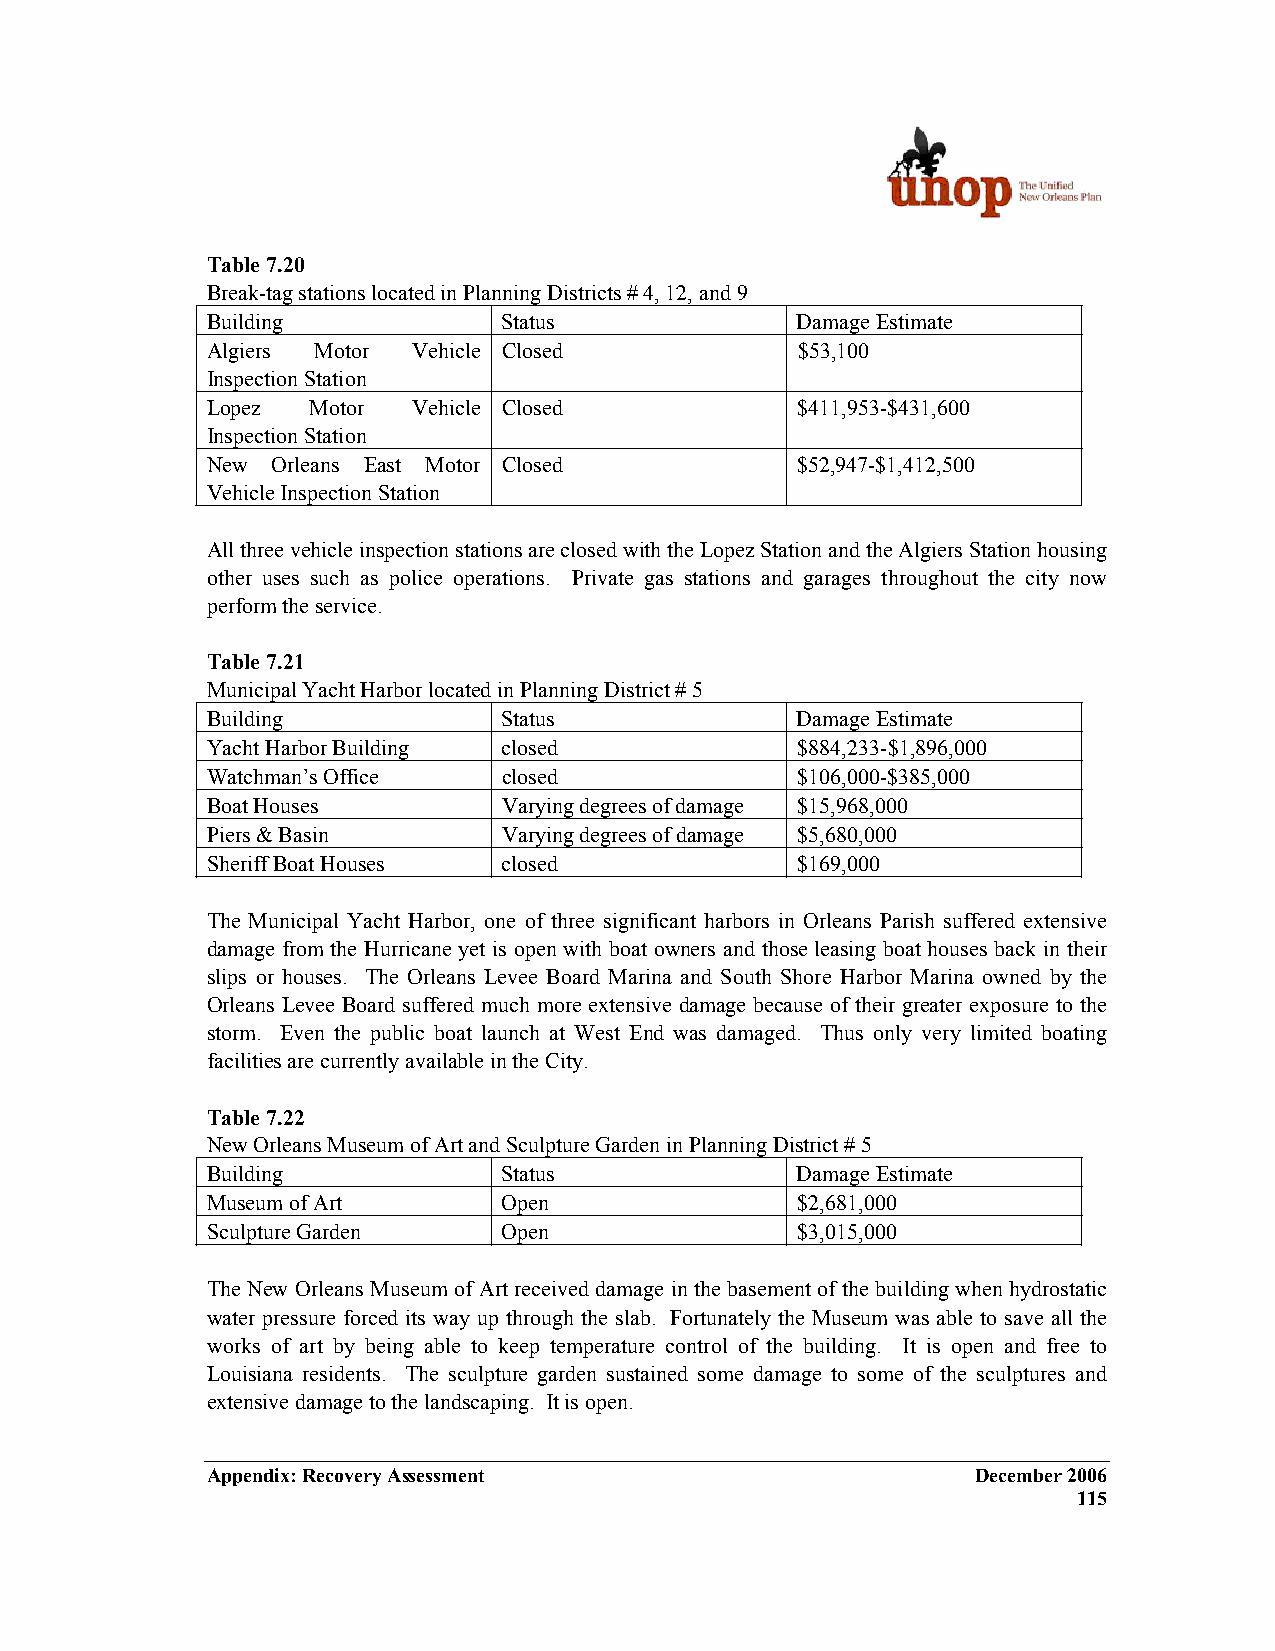
Table 7.20
 Break-tag stations located in Planning Districts # 4, 12, and 9
 Building           Status              Damage Estimate
 Algiers Motor Vehicle Closed           $53,100
 Inspection Station
 Lopez  Motor Vehicle Closed            $411,953-$431,600
 Inspection Station
 New Orleans East Motor Closed          $52,947-$1,412,500
 Vehicle Inspection Station
 All three vehicle inspection stations are closed with the Lopez Station and the Algiers Station housing
 other uses such as police operations. Private gas stations and garages throughout the city now
 perform the service.
 Table 7.21
 Municipal Yacht Harbor located in Planning District # 5
 Building           Status              Damage Estimate
 Yacht Harbor Building closed           $884,233-$1,896,000
 Watchman’s Office  closed              $106,000-$385,000
 Boat Houses        Varying degrees of damage $15,968,000
 Piers & Basin      Varying degrees of damage $5,680,000
 Sheriff Boat Houses closed             $169,000
 The Municipal Yacht Harbor, one of three significant harbors in Orleans Parish suffered extensive
 damage from the Hurricane yet is open with boat owners and those leasing boat houses back in their
 slips or houses. The Orleans Levee Board Marina and South Shore Harbor Marina owned by the
 Orleans Levee Board suffered much more extensive damage because of their greater exposure to the
 storm. Even the public boat launch at West End was damaged. Thus only very limited boating
 facilities are currently available in the City.
 Table 7.22
 New Orleans Museum of Art and Sculpture Garden in Planning District # 5
 Building           Status              Damage Estimate
 Museum of Art      Open                $2,681,000
 Sculpture Garden   Open                $3,015,000
 The New Orleans Museum of Art received damage in the basement of the building when hydrostatic
 water pressure forced its way up through the slab. Fortunately the Museum was able to save all the
 works of art by being able to keep temperature control of the building. It is open and free to
 Louisiana residents. The sculpture garden sustained some damage to some of the sculptures and
 extensive damage to the landscaping. It is open.
 Appendix: Recovery Assessment                      December 2006
 115